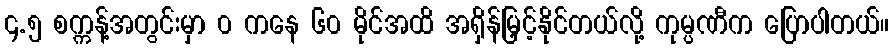
၄.၅ စက္ကန့်အတွင်းမှာ ၀ ကနေ ၆၀ မိုင်အထိ အရှိန်မြှင့်နိုင်တယ်လို့ ကုမ္ပဏီက ပြောပါတယ်။